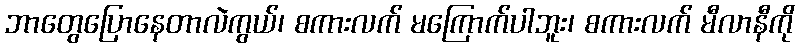
ဘာတွေပြောနေတာလဲကွယ်၊ စကားလက် မကြောက်ပါဘူး၊ စကားလက် မီလာနီကို